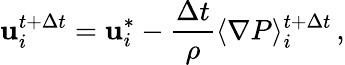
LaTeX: \mathbf{u}_{i}^{t+\Delta t}=\mathbf{u}_{i}^{*}-\frac{\Delta t}{\rho}\langle\nabla P\rangle_{i}^{t+\Delta t}\, ,